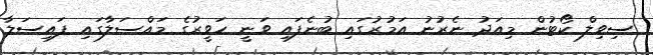
ސިވިލް ކޯޓުން މިއަދު ނެރުނު އަމުރުގައި ބުނެފައި ވަނީ ހަވީރުގެ މައްސަލާގައި ފައިސަލާ